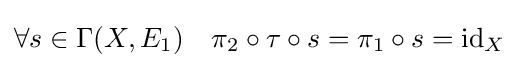
\forall s\in \Gamma (X,E_{1})\quad \pi _{2}\circ \tau \circ s=\pi _{1}\circ s={\text{id}}_{X}